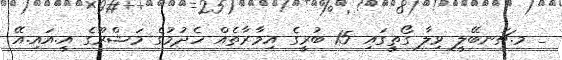
_ މ.ޗަނބޭލީ ވިލާ ގޯތީގައި 15 ބުރީގެ އިމާރާތެއް ހެދުމުގެ މަޝްރޫގެ އީ.އައި.އޭ